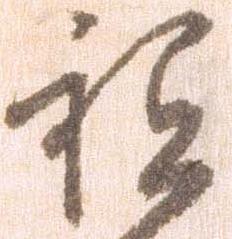
祇